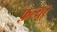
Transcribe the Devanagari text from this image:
फ़ल्यूर